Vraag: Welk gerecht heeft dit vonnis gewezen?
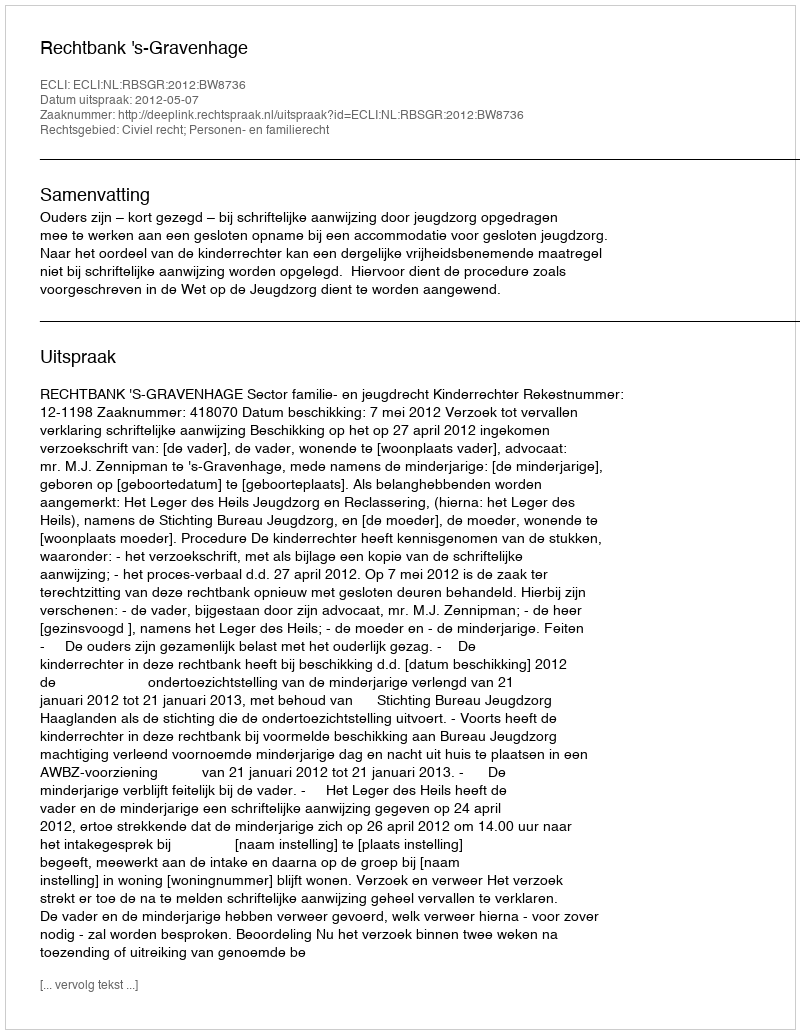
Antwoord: Rechtbank 's-Gravenhage